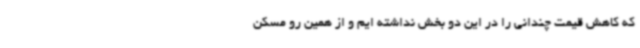
که کاهش قیمت چندانی را در این دو بخش نداشته ایم و از همین رو مسکن